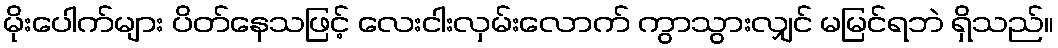
မိုးပေါက်များ ပိတ်နေသဖြင့် လေးငါးလှမ်းလောက် ကွာသွားလျှင် မမြင်ရဘဲ ရှိသည်။